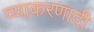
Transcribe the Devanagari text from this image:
व्याकरणादी